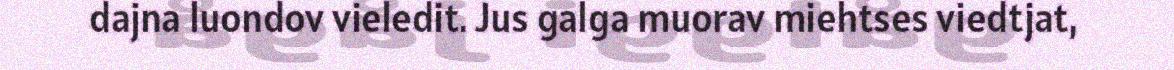
dajna luondov vieledit. Jus galga muorav miehtses viedtjat,